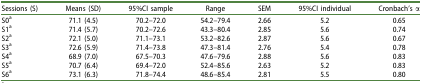
| Sessions (S) | Means (SD) | 95%CI sample | Range | SEM | 95%CI individual | Cronbach’s α |
 | --- | --- | --- | --- | --- | --- | --- |
 | S0a | 71.1 (4.5) | 70.2–72.0 | 54.2–79.4 | 2.66 | 5.2 | 0.65 |
 | S1a | 71.4 (5.7) | 70.2–72.6 | 43.3–80.4 | 2.85 | 5.6 | 0.74 |
 | S2a | 72.1 (5.0) | 71.1–73.1 | 53.2–82.6 | 2.87 | 5.6 | 0.67 |
 | S3a | 72.6 (5.9) | 71.4–73.8 | 47.3–81.4 | 2.76 | 5.4 | 0.78 |
 | S4a | 68.9 (7.0) | 67.5–70.3 | 47.6–79.6 | 2.88 | 5.6 | 0.83 |
 | S5a | 70.7 (6.4) | 69.4–72.0 | 52.4–85.6 | 2.63 | 5.2 | 0.83 |
 | S6a | 73.1 (6.3) | 71.8–74.4 | 48.6–85.4 | 2.81 | 5.5 | 0.80 |